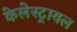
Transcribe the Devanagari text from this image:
केलेस्ट्रायल